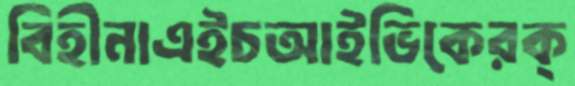
বিহীনাএইচআইভিকেরক্